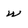
Character: w